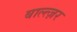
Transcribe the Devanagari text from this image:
बाल्त्ज़र